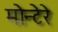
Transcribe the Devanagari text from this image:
मोन्टेरे